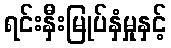
ရင်းနှီးမြုပ်နှံမှုနှင့်